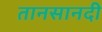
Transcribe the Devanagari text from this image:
तानसानदी